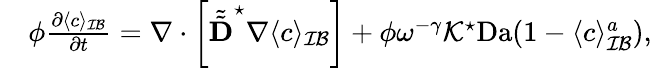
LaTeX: \begin{array}{rl}&{\phi\frac{\partial\langle c\rangle_{\mathcal{IB}}}{\partial t}=\nabla\cdot\left[\tilde{\tilde{\textbf{D}}}^{\star}\nabla\langle c\rangle_{\mathcal{IB}}\right]+\phi\omega^{-\gamma}\mathcal{K}^{\star}\mathrm{Da}(1-\langle c\rangle_{\mathcal{IB}}^{a}),}\end{array}